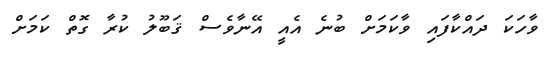
ވާހަކަ ދައްކާފައި ވާކަމަށް ބުނެ އެއީ އޭނާވެސް ޤަބޫލު ކުރާ ގޮތް ކަމަށް